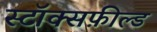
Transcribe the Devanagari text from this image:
स्टॉक्सफ़ील्ड